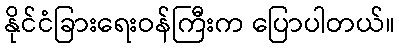
နိုင်ငံခြားရေးဝန်ကြီးက ပြောပါတယ်။